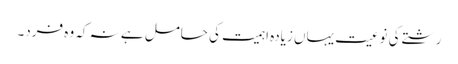
رشتے کی نوعیت یہاں زیادہ اہمیت کی حامل ہے نہ کہ وہ فرد۔